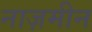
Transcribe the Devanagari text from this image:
नाज़मीन